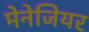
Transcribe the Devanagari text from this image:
मेनेजियर